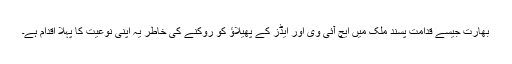
بھارت جیسے قدامت پسند ملک میں ایچ آئی وی اور ایڈز کے پھیلاؤ کو روکنے کی خاطر یہ اپنی نوعیت کا پہلا اقدام ہے۔